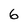
Character: 6